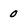
Character: 0